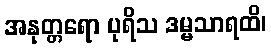
အနုတ္တရော ပုရိသ ဒမ္မသာရထိ၊